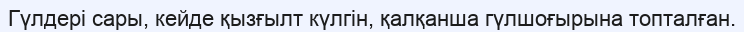
Гүлдері сары, кейде қызғылт күлгін, қалқанша гүлшоғырына топталған.